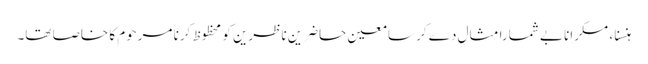
ہنسنا ، مسکرانا بے شمارا مثال دے کر سامعین حاضرین ناظرین کو محظوظ کرنا مرحوم کا خاصا تھا۔